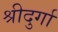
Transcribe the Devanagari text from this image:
श्रीदुर्गा